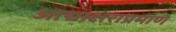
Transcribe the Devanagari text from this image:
आद्याक्षराप्रमाणे